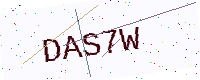
Text: DAS7W